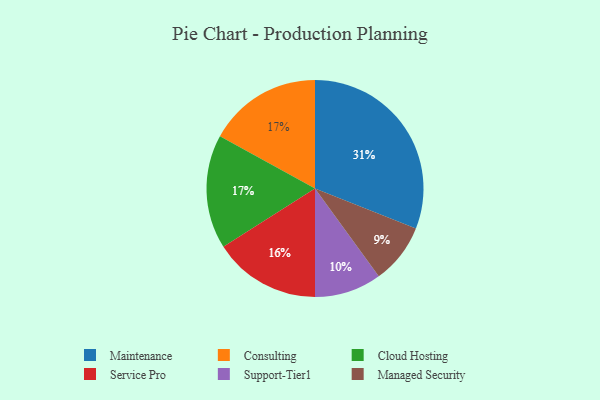
{"axis": {"x": "Category", "y": "Percentage"}, "legend": ["Cloud Hosting", "Consulting", "Maintenance", "Managed Security", "Service Pro", "Support-Tier1"], "data": [{"x": "Support-Tier1", "y": 10, "type": "Support-Tier1"}, {"x": "Service Pro", "y": 16, "type": "Service Pro"}, {"x": "Consulting", "y": 17, "type": "Consulting"}, {"x": "Managed Security", "y": 9, "type": "Managed Security"}, {"x": "Maintenance", "y": 31, "type": "Maintenance"}, {"x": "Cloud Hosting", "y": 17, "type": "Cloud Hosting"}]}